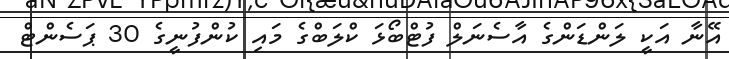
އޭނާ އަކީ ލަންޑަންގެ އާސެނަލް ފުޓްބޯޅަ ކްލަބްގެ މައި ކުންފުނީގެ 30 ޕަސެންޓް